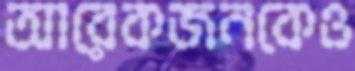
আরেকজনকেও